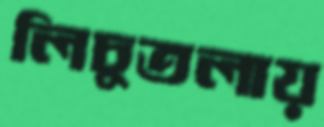
লিচুতলায়